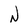
Character: N